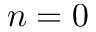
n = 0